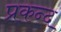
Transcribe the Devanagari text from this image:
प्रकन्द